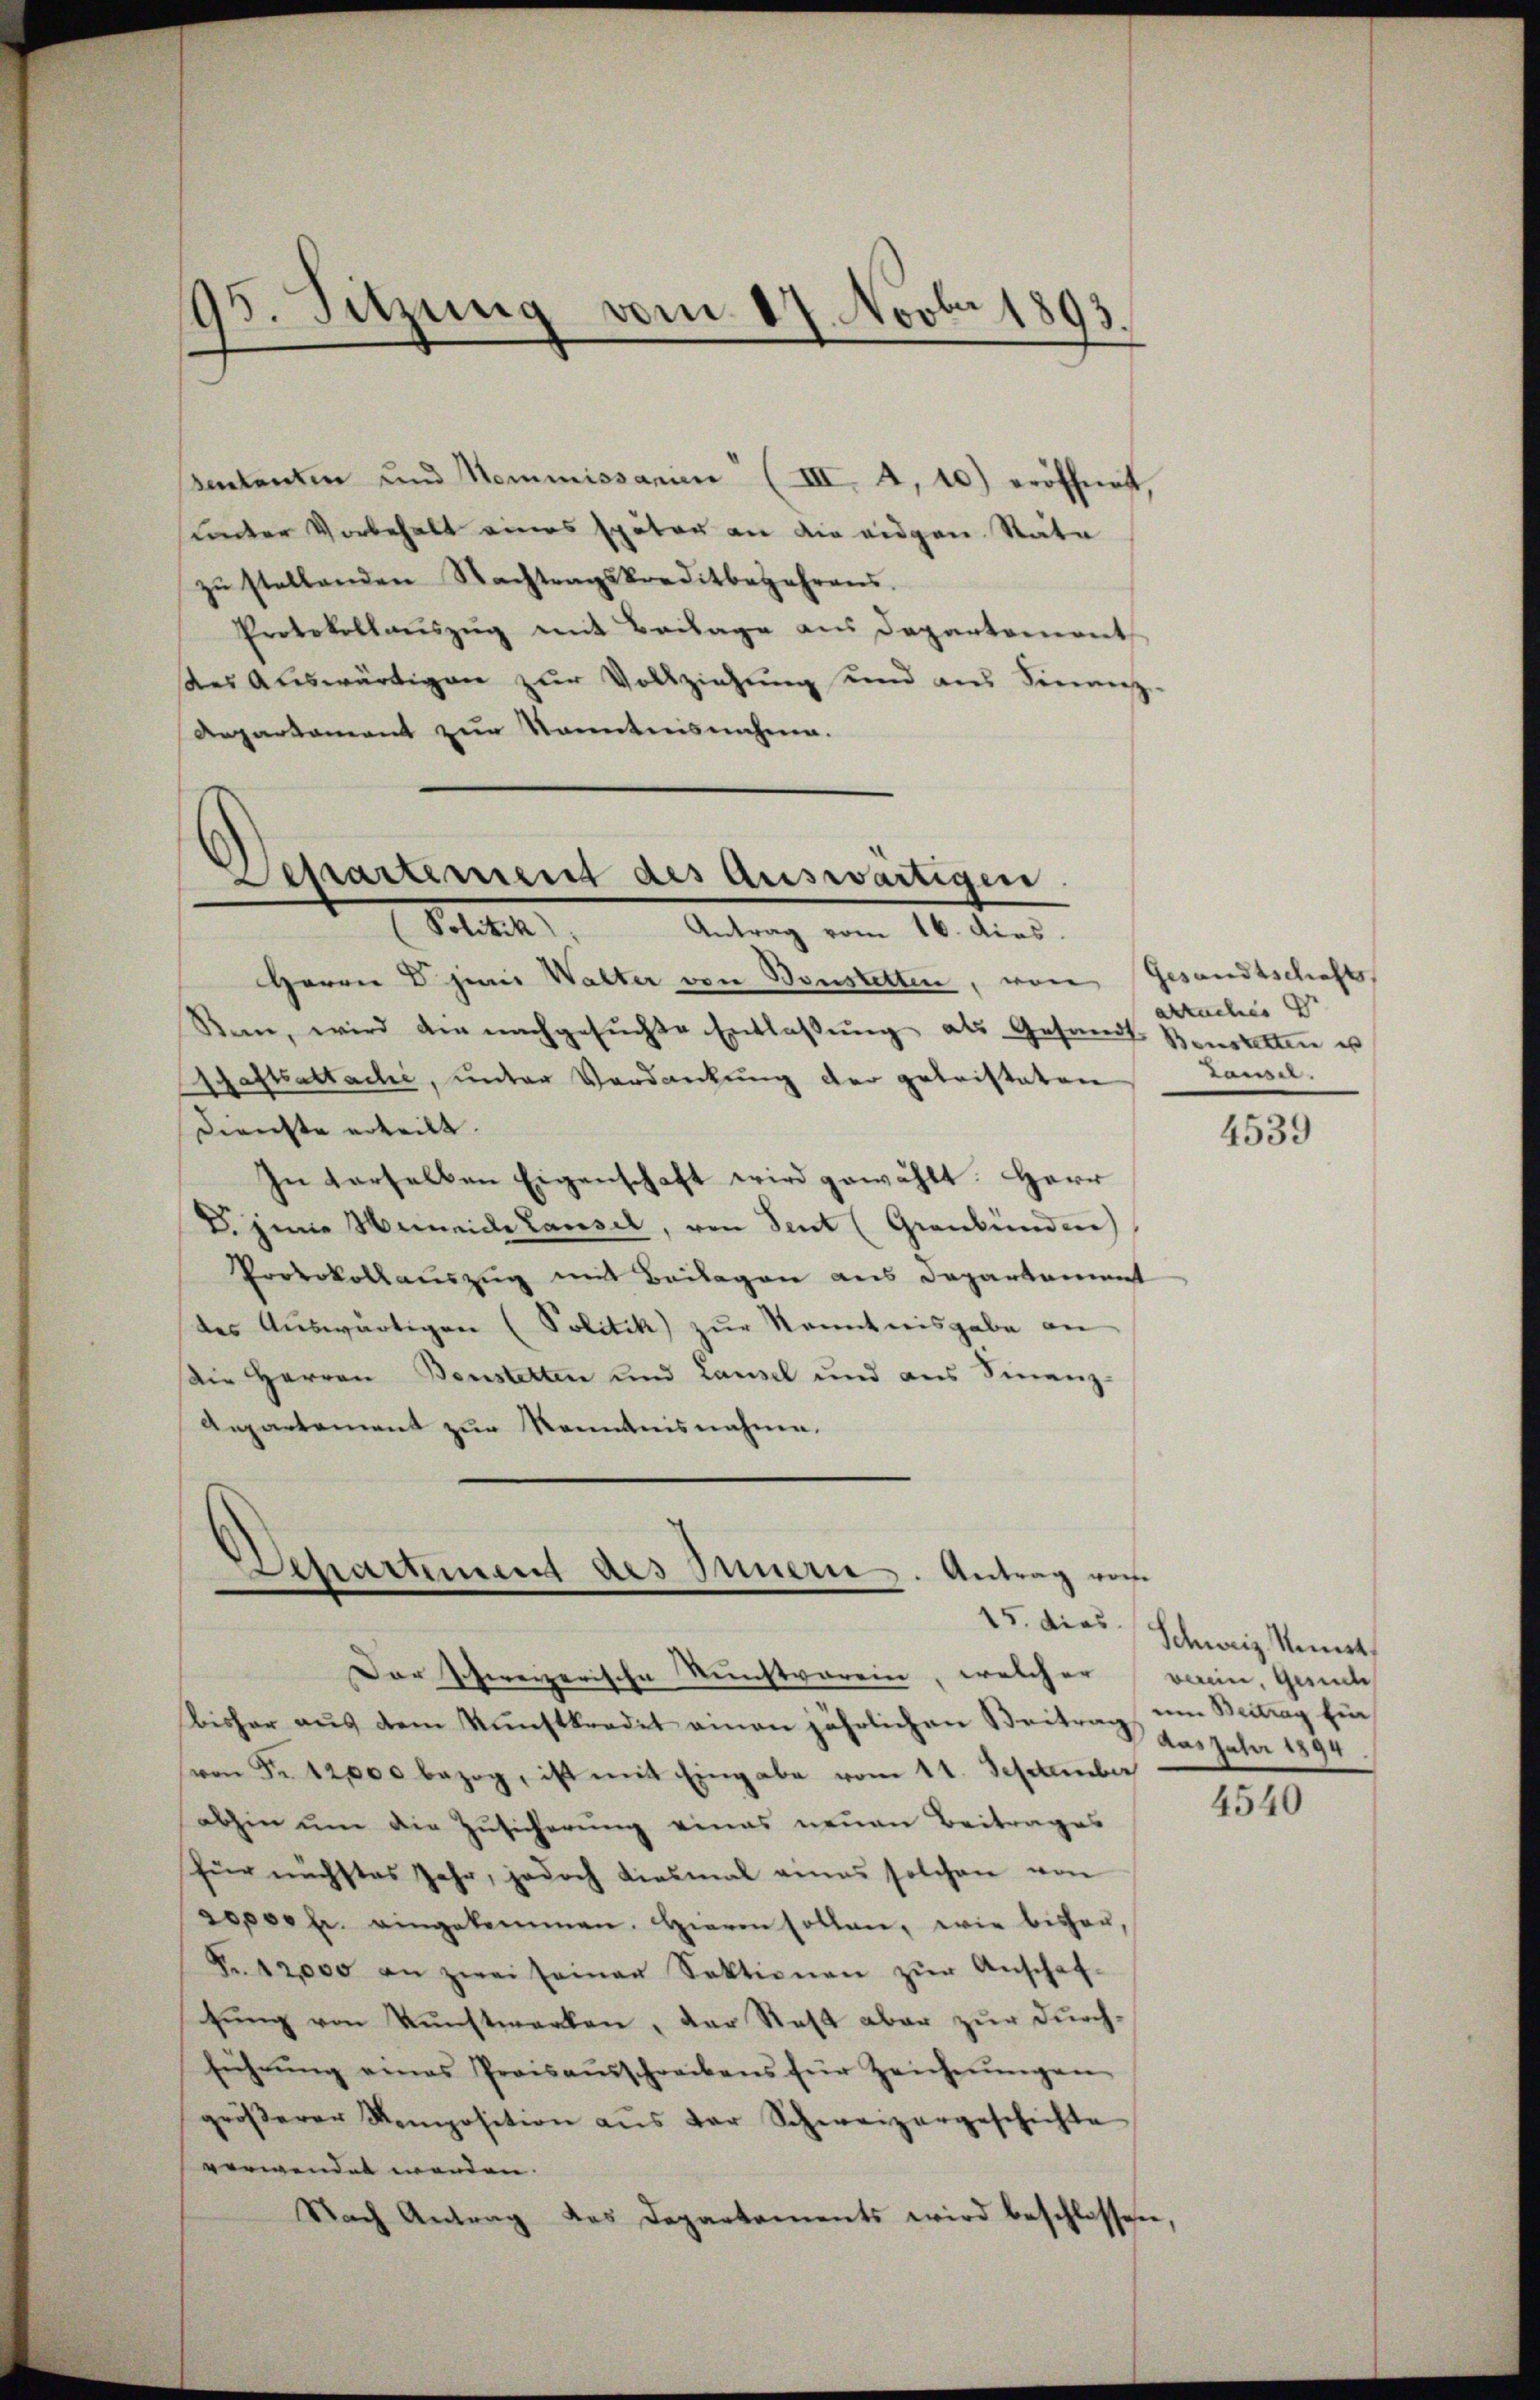
ententen und Kommissanien (III. 4, 10) eröffnet,
inder Vorbehalt eines später an die eidgen Rate
zŭ stellenden Nachtragskreditbegehrens.
Protokollaŭszŭg mit Beilage aus Departement
des Auswärtigen zur Vollziehung und aus Finanz-
Aepartament zur Kenntnisnehmen.

195. Sitzung vom 17. Novbr 1893.

Departement des Auswärtigen.
Ste
Antrag vom 16. dies

Herrn Dr. juris Walter von Bonstetten, von Gesandtschafts
Rein, wird der nachgesuchte Entlassung als Gesandt Bonstalten es
Schaftsattache, unter Verdankung der geleisteten
Direchte erteilt.
In derselben Eigenschaft wird gewählt: Herr
D. jene Meineide Lausel, von Sent (Graubünden)
Protokollauszug mit Beilagen aus Departement
des Auswärtigen (Politik zur Kenntnisgabe an
Die Herren Benstetten und Lausel und aus Finanz-
Aepartement zur Kenntnisnahme.

Departement des Innern. Antrag vom

Dar schweizerische Kunstverein, welcher verein, Gesuch
Bisher aus dem Kunstkredit einen jährlichen Beitrag, um Beitrag für
(von Fr. 12,000 bezog, ist mit Eingabe vom 11. September
abhin ŭm die Zŭsicherŭng eines neuen Beitrages
für nächstes Jahr, jedoch diesmal eines solchen von
soperh. eingekommen. Hieren sollen, wie bisher,
Fr. 12,000 an zwei seiner Sektionen zŭr Anschaf-
tung von Kunstwerken, der Steht aber zur Durchführŭng eines Preisaŭsschreckens für Zeichnŭngen
gröβerer Komposition aŭs der Schweizergeschichte
verwendet werden. |
Nach Antrag das Departements wird beschlossen,

abruches
Lausel.

4539

25. dies Schweiz. Monat
das Jahr 1894

4540